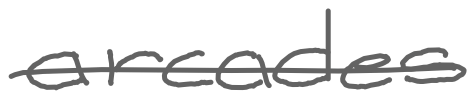
Text: arcades
Cross-out: single-line
Writing tool: digital_gray